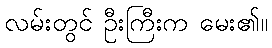
လမ်းတွင် ဦးကြီးက မေး၏။